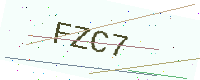
Text: FZC7